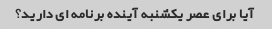
آیا برای عصر یکشنبه آینده برنامه ای دارید؟